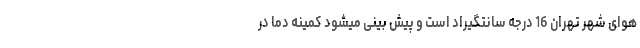
هوای شهر تهران 16 درجه سانتگیراد است و پیش بینی میشود کمینه دما در